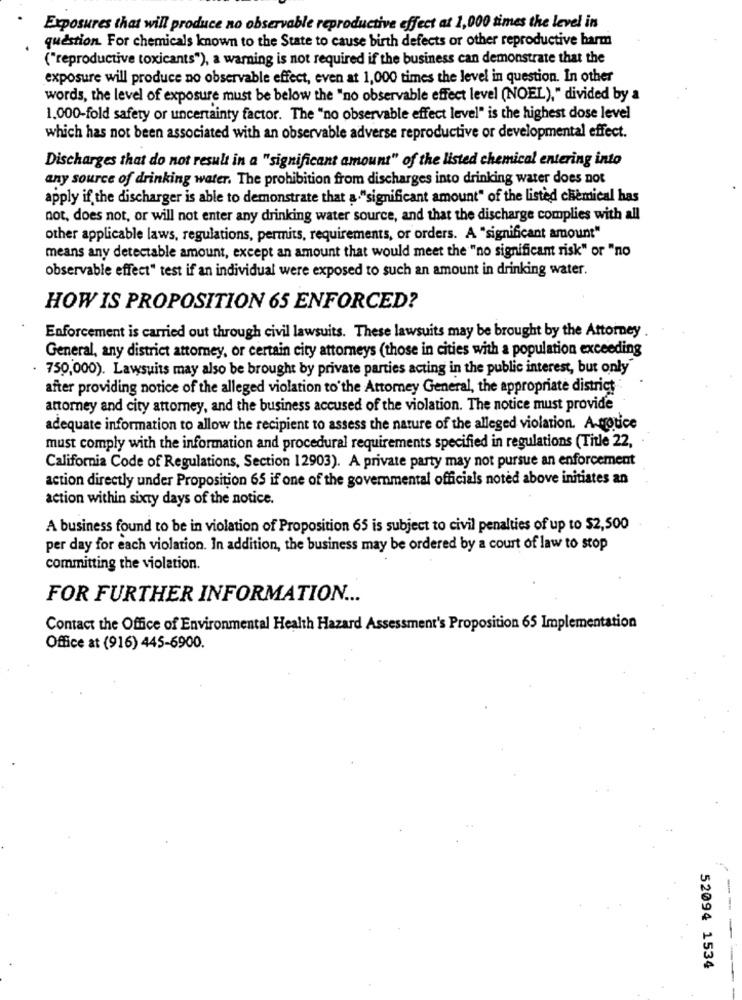
Exposures that will produce no observable reproductive effect at 1,000 times the level in
question. For chemicals known to the State to cause birth defects or other reproductive barm
("reproductive toxicants"), a warning is not required if the business can demonstrate that the
exposure will produce no observable effect, even at 1,000 times the level in question. In other
words, the level of exposure must be below the "no observable effect level (NOEL)," divided by a
1.000-fold safety or uncertainty factor. The "no observable effect level" is the highest dose level
which has not been associated with an observable adverse reproductive or developmental effect.
Discharges that do not result in a "significant amount" of the listed chemical entering into
any source of drinking water. The prohibition from discharges into drinking water does not
apply if the discharger is able to demonstrate that a."significant amount" of the listed chemical has
not, does not, or will not enter any drinking water source, and that the discharge complies with all
other applicable laws, regulations, permits, requirements, or orders. A "significant amount"
means any detectable amount, except an amount that would meet the "no significant risk" or "no
observable effect" test if an individual were exposed to such an amount in drinking water.
HOW IS PROPOSITION 65 ENFORCED?
Enforcement is carried out through civil lawsuits. These lawsuits may be brought by the Attorney
General, any district attorney, or certain city attorneys (those in cities with a population exceeding
. 750,000). Lawsuits may also be brought by private parties acting in the public interest, but only
after providing notice of the alleged violation to'the Attorney General, the appropriate district
attorney and city attomey, and the business accused of the violation. The notice must provide
adequate information to allow the recipient to assess the nature of the alleged violation. A-notice
must comply with the information and procedural requirements specified in regulations (Title 22,
California Code of Regulations, Section 12903). A private party may not pursue an enforcement
action directly under Proposition 65 if one of the governmental officials noted above initiates an
action within sixty days of the notice.
A business found to be in violation of Proposition 65 is subject to civil penalties of up to $2,500
per day for each violation. In addition, the business may be ordered by a court of law to stop
committing the violation.
FOR FURTHER INFORMATION ...
Contact the Office of Environmental Health Hazard Assessment's Proposition 65 Implementation
Office at (916) 445-6900.
----
52094 1534